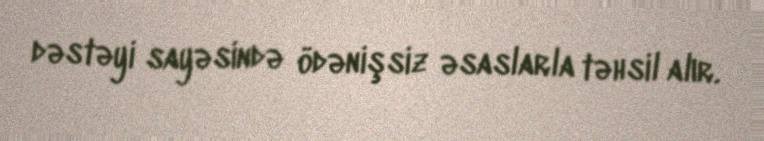
dəstəyi sayəsində ödənişsiz əsaslarla təhsil alır.